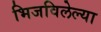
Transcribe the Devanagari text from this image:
भिजविलेल्या